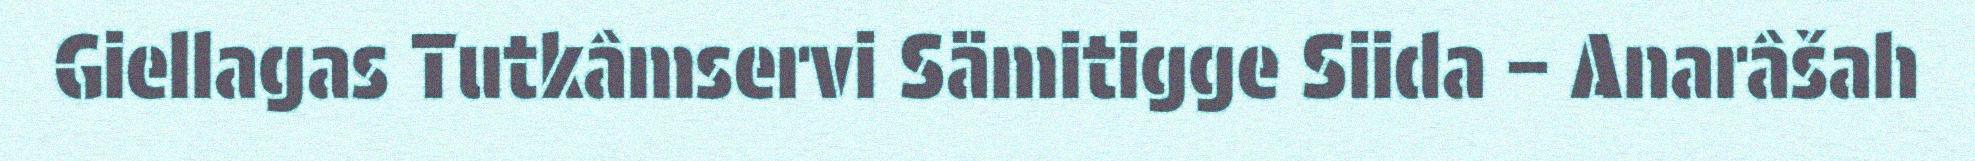
Giellagas Tutkâmservi Sämitigge Siida – Anarâšah